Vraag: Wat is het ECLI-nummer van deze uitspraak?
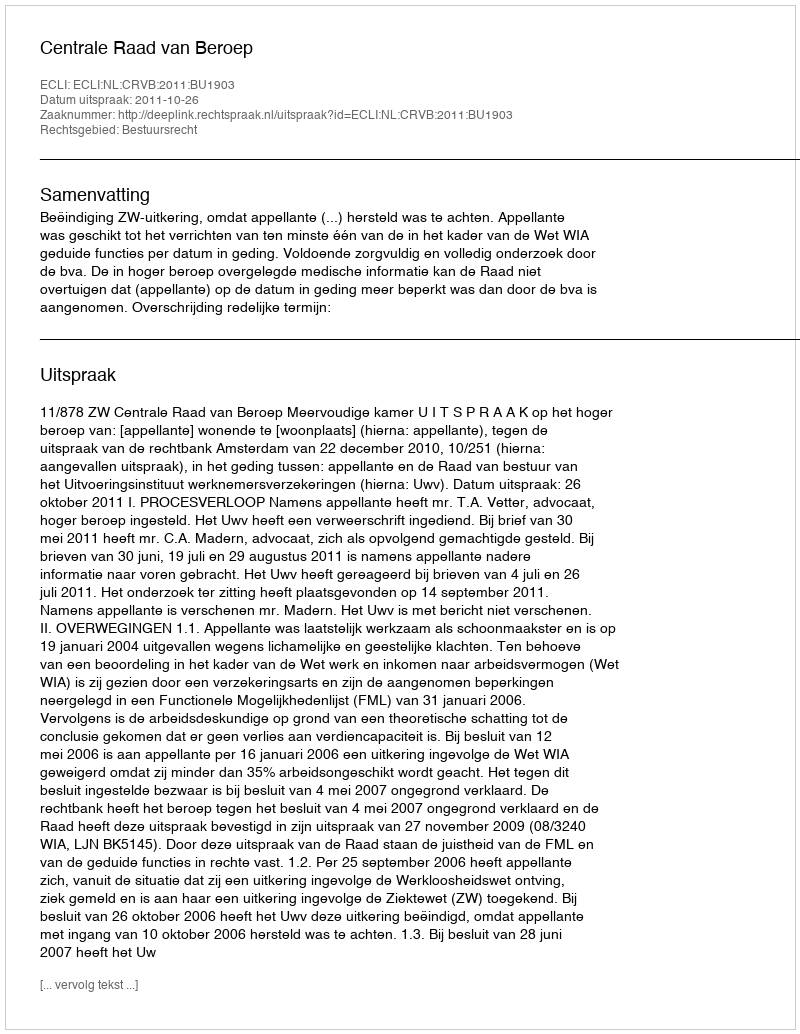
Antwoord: ECLI:NL:CRVB:2011:BU1903